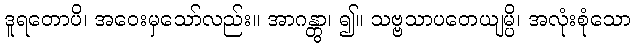
ဒူရတောပိ၊ အဝေးမှသော်လည်း။ အာဂန္တွာ၊ ၍။ သဗ္ဗသာပတေယျမ္ပိ၊ အလုံးစုံသော